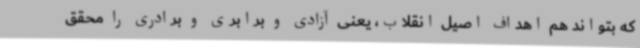
که بتواند هم اهداف اصیل انقلاب، یعنی آزادی و برابری و برادری را محقق